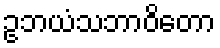
ဥဘယံသဘာဝိတော